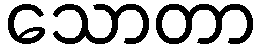
သောတာ